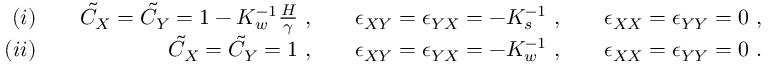
\begin{array} { r l r l r l r } { ( i ) } & { } & { \tilde { C } _ { X } = \tilde { C } _ { Y } = 1 - K _ { w } ^ { - 1 } \frac { H } { \gamma } ~ , } & { } & { \epsilon _ { X Y } = \epsilon _ { Y X } = - K _ { s } ^ { - 1 } ~ , } & { } & { \epsilon _ { X X } = \epsilon _ { Y Y } = 0 ~ , } \\ { ( i i ) } & { } & { \tilde { C } _ { X } = \tilde { C } _ { Y } = 1 ~ , } & { } & { \epsilon _ { X Y } = \epsilon _ { Y X } = - K _ { w } ^ { - 1 } ~ , } & { } & { \epsilon _ { X X } = \epsilon _ { Y Y } = 0 ~ . } \end{array}